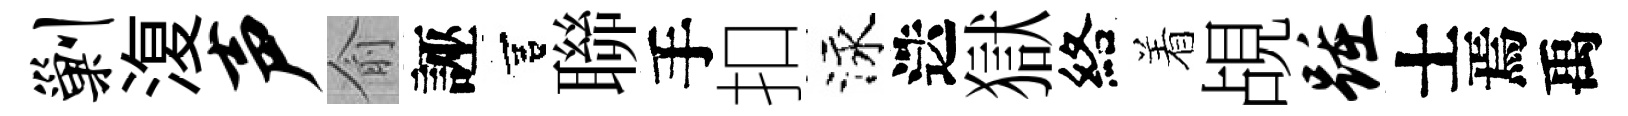
剿𣸪声俞誣宫聯手扣泳迭獄絡着覘踵士焉禹